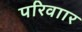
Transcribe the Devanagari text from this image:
परिवाार